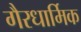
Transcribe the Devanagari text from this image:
गैरधार्मिक